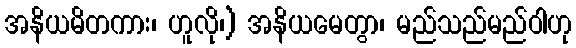
အနိယမိတကား၊ ဟူလို၊) အနိယမေတွာ၊ မည်သည်မည်ဝါဟု